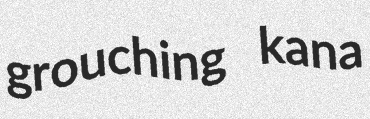
grouching kana